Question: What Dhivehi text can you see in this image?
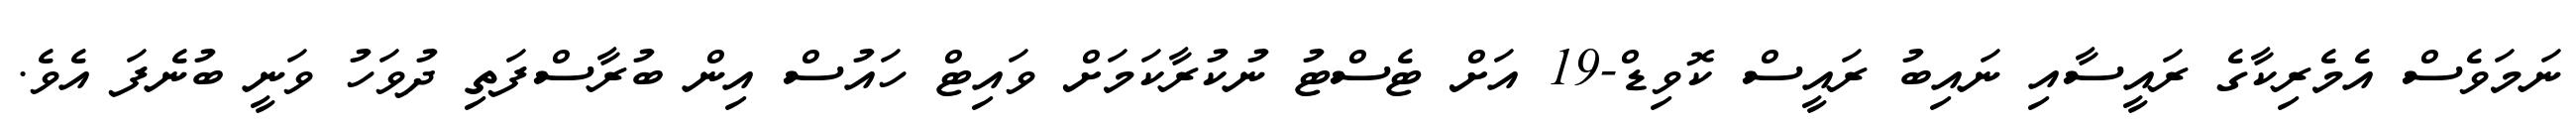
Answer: ނަމަވެސް އެމެރިކާގެ ރައީސާއި ނައިބު ރައީސް ކޮވިޑް-19 އަށް ޓެސްޓު ނުކުރާކަމަށް ވައިޓް ހައުސް އިން ބުރާސްފަތި ދުވަހު ވަނީ ބުނެފަ އެވެ.